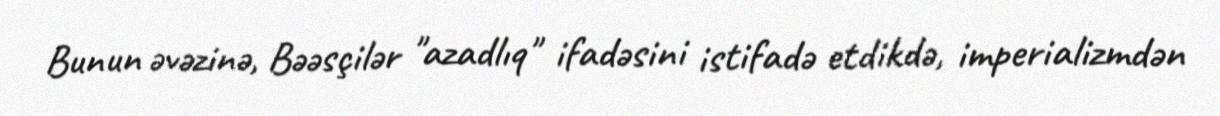
Bunun əvəzinə, Bəəsçilər "azadlıq" ifadəsini istifadə etdikdə, imperializmdən